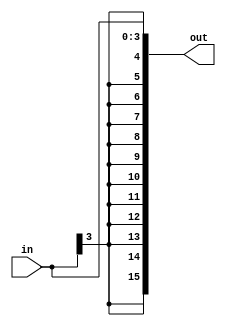
module sign_extenderMem(in, out);
  input [3:0] in;
  output [15:0] out;
  assign out = {{12{in[3]}},in[3:0]};
endmodule